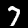
Label: 7